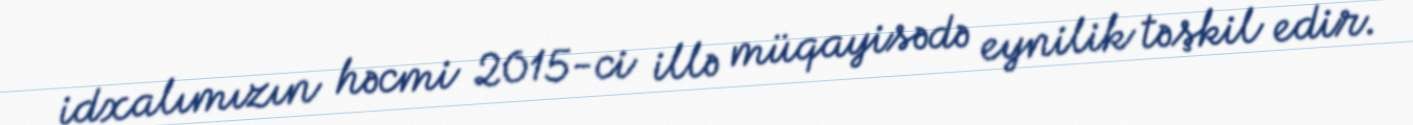
idxalımızın həcmi 2015-ci illə müqayisədə eynilik təşkil edir.